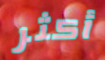
أكثر